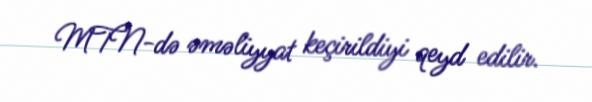
MTN-də əməliyyat keçirildiyi qeyd edilir.